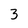
Character: 3